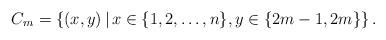
LaTeX: \begin{align*}C_m=\left\{(x,y)\,|\, x\in\{1,2,\ldots,n\}, y\in\{2m-1,2m\}\right\}.\end{align*}